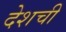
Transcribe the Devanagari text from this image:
देशची